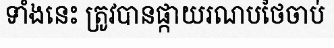
ទាំងនេះ ត្រូវបានផ្កាយរណបថៃចាប់